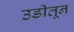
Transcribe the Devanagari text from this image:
उडीतून